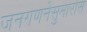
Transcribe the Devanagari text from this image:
जनगणनेसुमारास